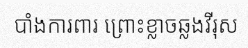
បាំងការពារ ព្រោះខ្លាចឆ្លងវីរុស